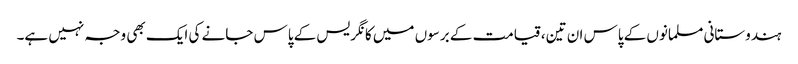
ہندوستانی مسلمانوں کے پاس ان تین، قیامت کے برسوں میں کانگریس کے پاس جانے کی ایک بھی وجہ نہیں ہے۔